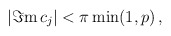
\begin{align*}|\Im \mathrm{m}\, c_{j}|<\pi \min (1,p)\, ,\end{align*}